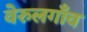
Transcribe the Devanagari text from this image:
वेरुलगाँव